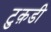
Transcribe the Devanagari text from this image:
टुक़डी